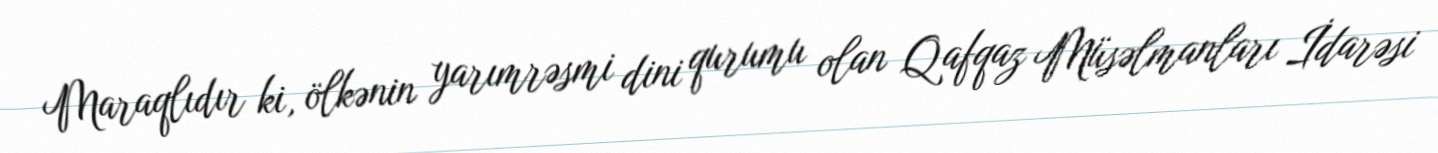
Maraqlıdır ki, ölkənin yarımrəsmi dini qurumu olan Qafqaz Müsəlmanları İdarəsi